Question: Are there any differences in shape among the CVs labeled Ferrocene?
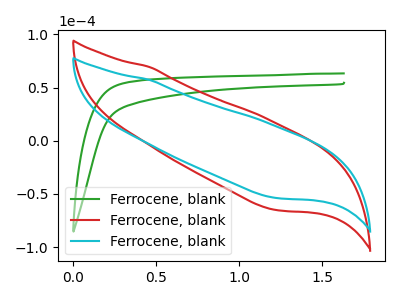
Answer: <think>The green curve "Ferrocene, blank1" has no peaks. The red curve "Ferrocene, blank2" has no peaks. The cyan curve "Ferrocene, blank3" has no peaks.
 Neither "Ferrocene, blank1" or "Ferrocene, blank2" have any peaks. Neither "Ferrocene, blank1" or "Ferrocene, blank3" have any peaks. Neither "Ferrocene, blank2" or "Ferrocene, blank3" have any peaks.</think>
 <answer>All the CV's of "Ferrocene" have similar shape.</answer>
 <eval>follow_rule</eval>